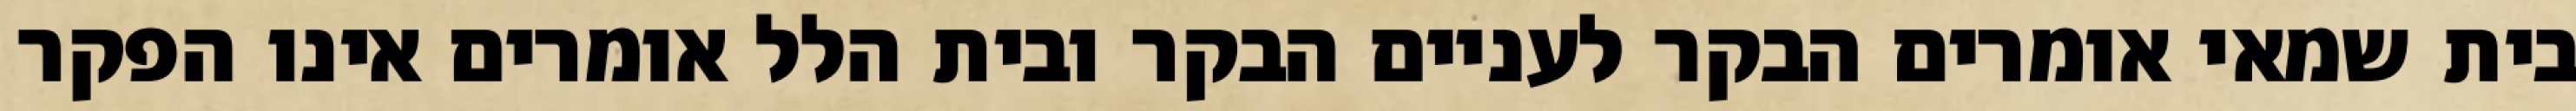
בית שמאי אומרים הבקר לעניים הבקר ובית הלל אומרים אינו הפקר